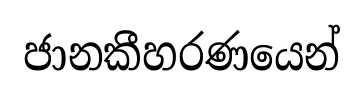
ජානකීහරණයෙන්